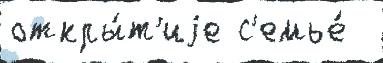
откры́т'иjе с'емье́